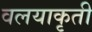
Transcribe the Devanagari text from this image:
वलयाकृती